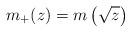
LaTeX: \begin{align*}m_{+}(z)=m\left( \sqrt{z}\right) \end{align*}